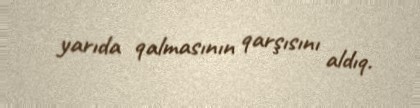
yarıda qalmasının qarşısını aldıq.